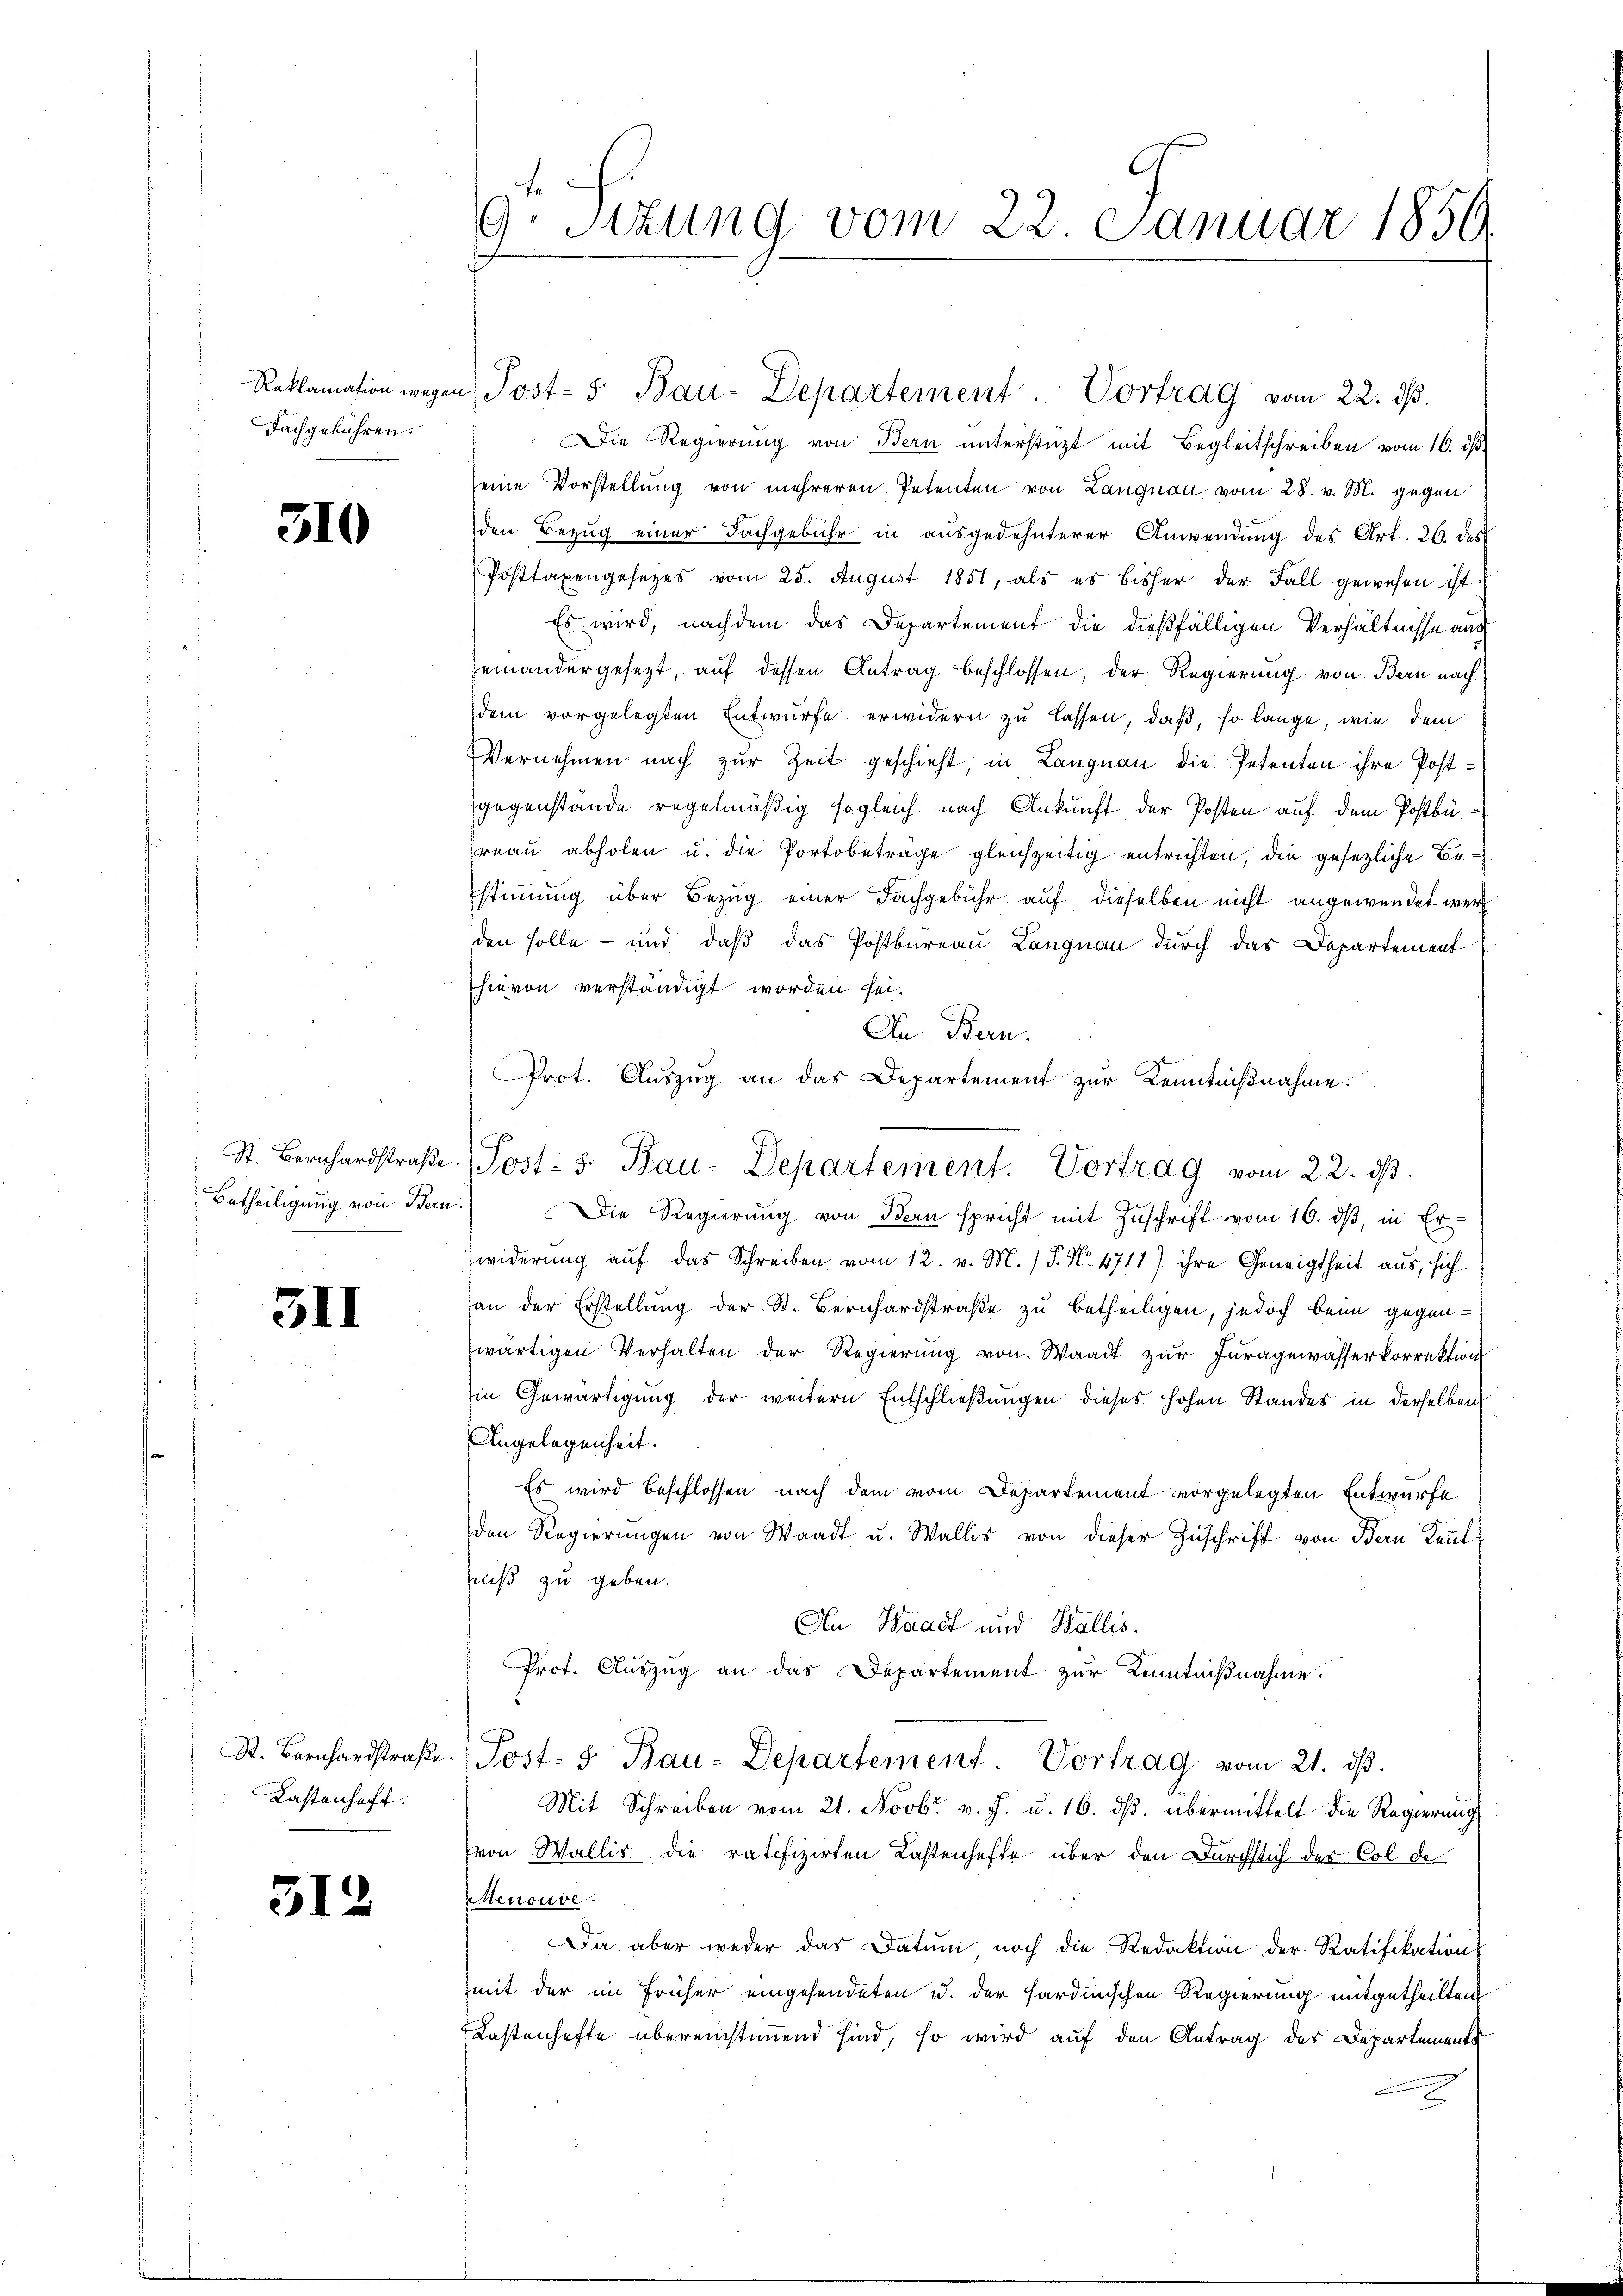
Reklamation wege
Fachgebühren.

510

St. Bernhardstraße
Betheiligung von Ban

3II

St. Bernhardstraße.
Kastenhaft.

512

9.Stzung vom 22. Januar 1859

Die Regierung von Bern unterstützt mit Begleitschreiben vom 10. dß
seine Vorstellung von mehreren Petenten von Langnau vom 28. v. M. gegen
den Bezug einer Fachgebühr in ausgedehnterer Anwendung des Art. 26. des
Posttaxengesezes vom 25. August 1851, als es bisher der Fall gewesen ist.
Es wird, nachdem das Departement die dießfälligen Verhältnisse aus
heinandergesezt, auf dessen Antrag beschlossen, der Regierung von Bern nach
dem vorgelegten Entwurfe erwidern zu lassen, daß, so lange, wie dem
Vernehmen nach zur Zeit geschieht, in Langnau die Petenten ihre Postgegenstande regelmäßig sogleich nach Ankunft der Posten auf dem Postbüreau abholen u. die Portobetrage gleichzeitig entrichten, die gesetzliche Bestimmung über Bezug einer Fachgebühr auf dieselben nicht angewendet werd
den solle - und daß das Postbureau Langnau durch das Departement
hievon verständigt worden sei.
An Bern.
) Die Regierung von Bern spricht mit Zuschrift vom 16. ds, in Erwiderung auf das Schreiben vom 12. v. M. (T. N. 4711) ihre Geneigtheit aus, sich
an der Erstellung der St. Bernhardstraße zu betheiligen, jedoch beim gegenwärtigen Verhalten der Regierung von Waadt zur Juragewässerkorrektion
in Gewärtigung der weitern Entschließungen dieses hohen Standes in derselben
Angelegenheit.
Es wird beschlossen, nach dem vom Departement vorgelegten Entwurfe
den Regierŭngen von Waadt u. Wallis von dieser Zuschrift von Bern Kaufniß zu geben.
An Waadt und Wallis.
Prot. Auszug an das Departement zur Kenntnißnahme.
Post- & Bau-Departement. Vortrag vom 21. ds.
Mit Schreiben vom 21. Novbr. v. J. u. 16. ds. übermittelt die Regierung
von Wallis die ratifizirten Lastenhefte über den Durchstich des Col de
Menouve
Da aber weder das Datum noch die Redaktion der Ratifikation
mit der im früher eingesendeten u. der Sardinischen Regierung mitgetheilten
Kastenhefte übereinstimmend sind, so wird auf den Antrag des Departement

Prot. Aŭszŭg an das Departement zŭr Kenntniβnahme.
Post: 5. Bau-Departement. Vortrag vom 22. ds.

Post-5 Bau-Departement. Vortrag vom 22. ds.